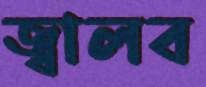
জ্বালব